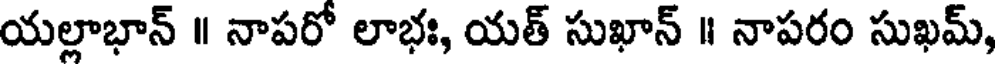
యల్లాభాన్ ॥ నాపరో లాభః, యత్ సుఖాన్ ॥ నాపరం సుఖమ్,